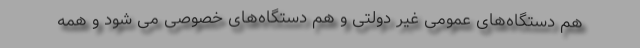
هم دستگاه‌های عمومی غیر دولتی و هم دستگاه‌های خصوصی می شود و همه